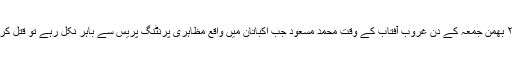
اسی سال ۲۰ بھمن جمعہ کے دن غروب آفتاب کے وقت محمد مسعود جب اکباتان میں واقع مظاہری پرنٹنگ پریس سے باہر نکل رہے تو قتل کردیئے گئے۔